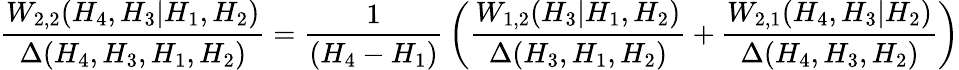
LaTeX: {\frac{W_{2,2}(H_{4},H_{3}|H_{1},H_{2})}{\Delta(H_{4},H_{3},H_{1},H_{2})}}={\frac{1}{(H_{4}-H_{1})}}\left({\frac{W_{1,2}(H_{3}|H_{1},H_{2})}{\Delta(H_{3},H_{1},H_{2})}}+{\frac{W_{2,1}(H_{4},H_{3}|H_{2})}{\Delta(H_{4},H_{3},H_{2})}}\right)